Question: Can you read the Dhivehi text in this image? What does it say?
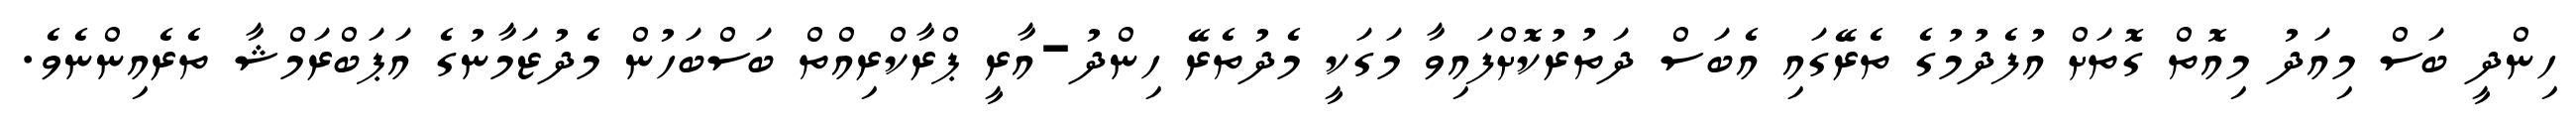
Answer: ހިންދީ ބަސް މިއަދު މިއޮތް ގޮތަށް އުފެދުމުގެ ތެރޭގައި އެބަސް ދަތުރުކޮށްފައިވާ މަގަކީ މެދުތެރޭ ހިންދު-އާރީ ޕްރާކްރިއްތް ބަސްބަހުން މެދުޒަމާނުގެ އަޕަބްރަމްޝާ ތެރެއިންނެވެ.